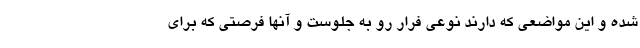
شده و این مواضعی که دارند نوعی فرار رو به جلوست و آنها فرصتی که برای